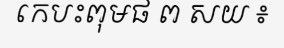
កេបះពុមផ ព សយ ៖